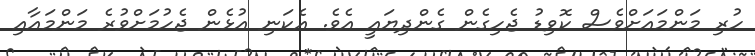
ހުރި މަންމައަށްވެސް ކޮވިޑު ޖެހިގެން ގެންދިޔައީ އެވެ. އެކަނި އުޅެން ޖެހުމަށްވުރެ މަންމައާއި